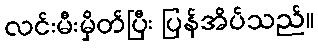
လင်းမီးမှိတ်ပြီး ပြန်အိပ်သည်။